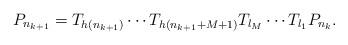
LaTeX: \begin{align*}P_{n_{k+1}}=T_{h\left(n_{k+1}\right)}\cdots T_{h\left(n_{k+1}+M+1\right)}T_{l_{M}}\cdots T_{l_{1}}P_{n_{k}}.\end{align*}